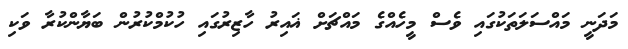
މަދަނީ މައްސަލަތަކުގައި ވެސް މީހެއްގެ މައްޗަށް ޣައިރު ހާޒިރުގައި ހުކުމްކުރުން ބަޔާންކުރާ ވަކި